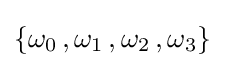
\{\omega _{0}\,,\omega _{1}\,,\omega _{2}\,,\omega _{3}\}